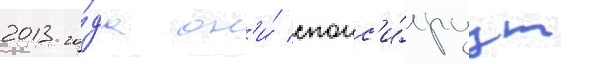
2013 го́да он'и́ спонс'и́руут